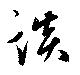
談